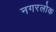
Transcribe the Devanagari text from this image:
नगरलोक